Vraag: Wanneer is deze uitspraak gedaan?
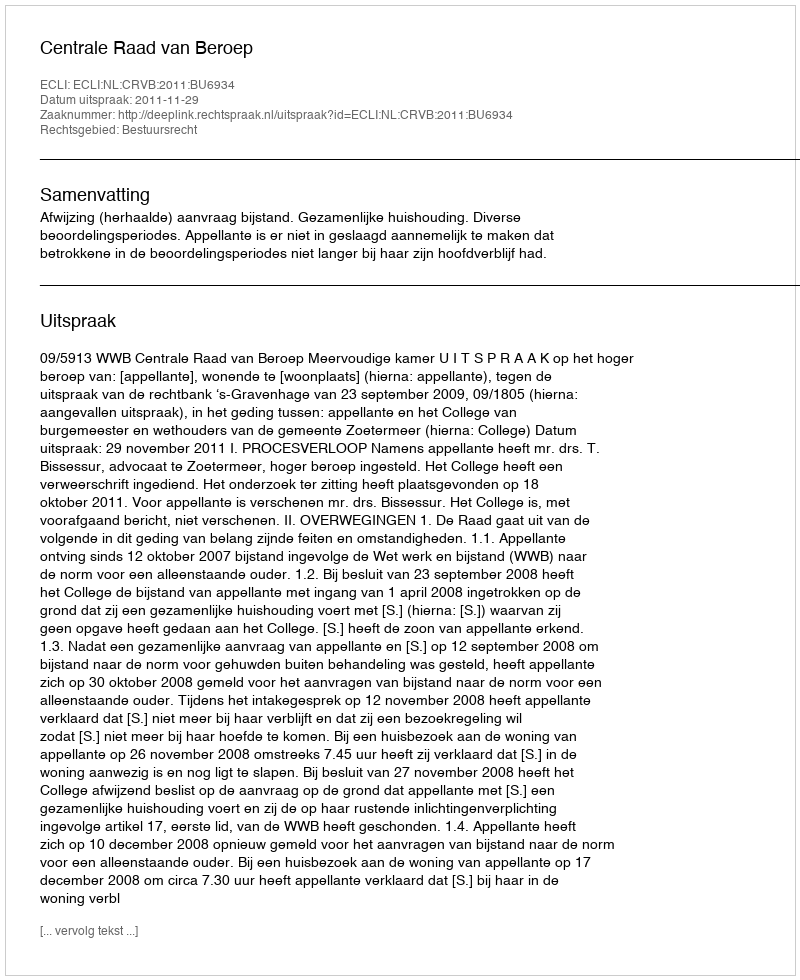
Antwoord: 2011-11-29